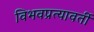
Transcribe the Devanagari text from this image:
विभवप्रत्यावर्ती